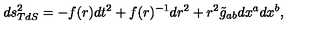
d s _ { T d S } ^ { 2 } = - f ( r ) d t ^ { 2 } + f ( r ) ^ { - 1 } d r ^ { 2 } + r ^ { 2 } \tilde { g } _ { a b } d x ^ { a } d x ^ { b } ,